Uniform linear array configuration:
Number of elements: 16
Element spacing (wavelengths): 0.75
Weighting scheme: cosine
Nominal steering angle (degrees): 60
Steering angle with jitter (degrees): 60.395
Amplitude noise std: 0.05
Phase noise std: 0.05

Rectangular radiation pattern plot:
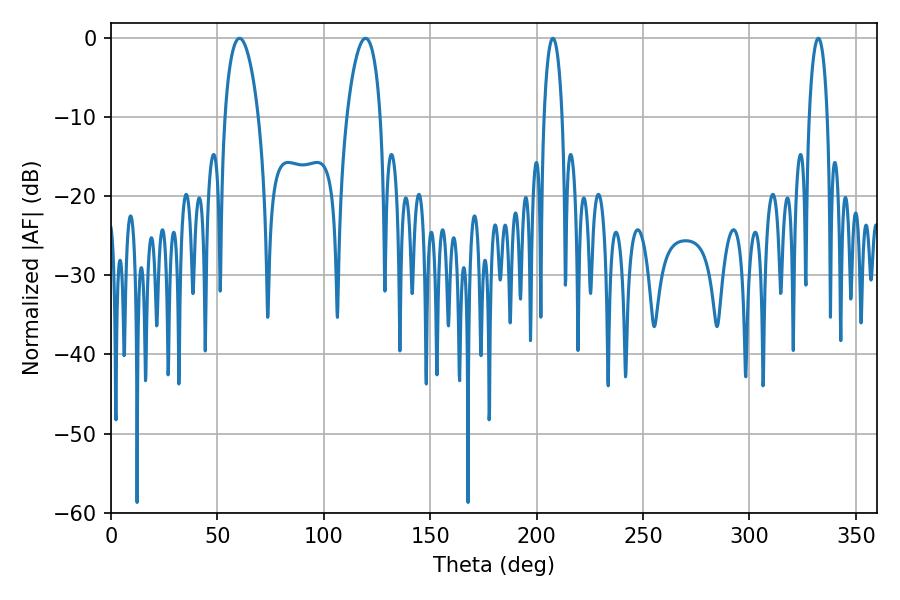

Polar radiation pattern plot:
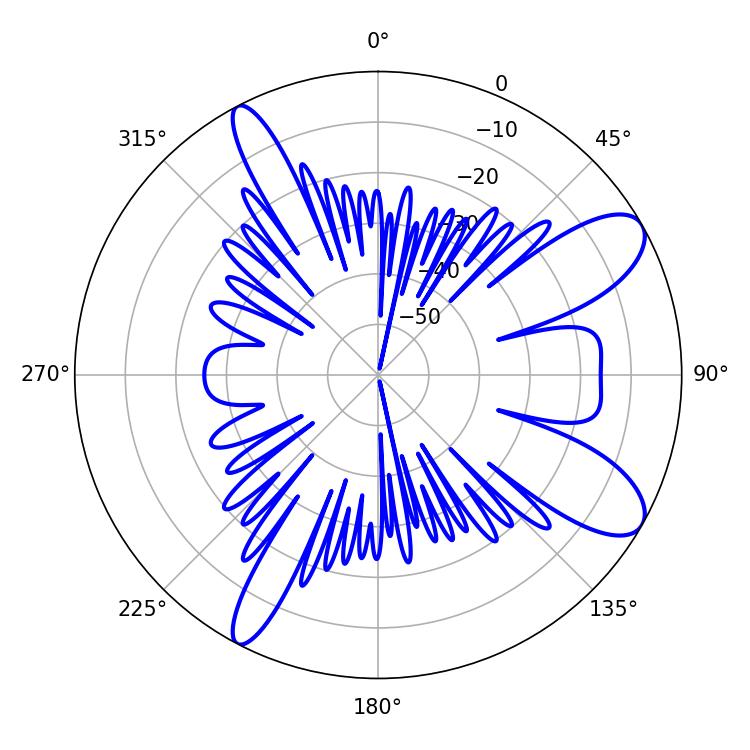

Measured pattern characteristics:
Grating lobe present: TRUE
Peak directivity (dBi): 9.737
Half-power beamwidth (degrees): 8.82
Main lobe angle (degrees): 60.3